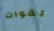
لقوات